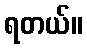
ရတယ်။